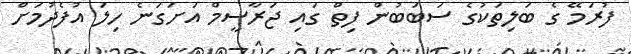
ފުރަމޭ ގެ ބަލިތަކުގެ ސަބަބުން ފިތް ގައި ޖަރާސީމް އަށަގަނެ ހިލަ އުފެދުމަށް